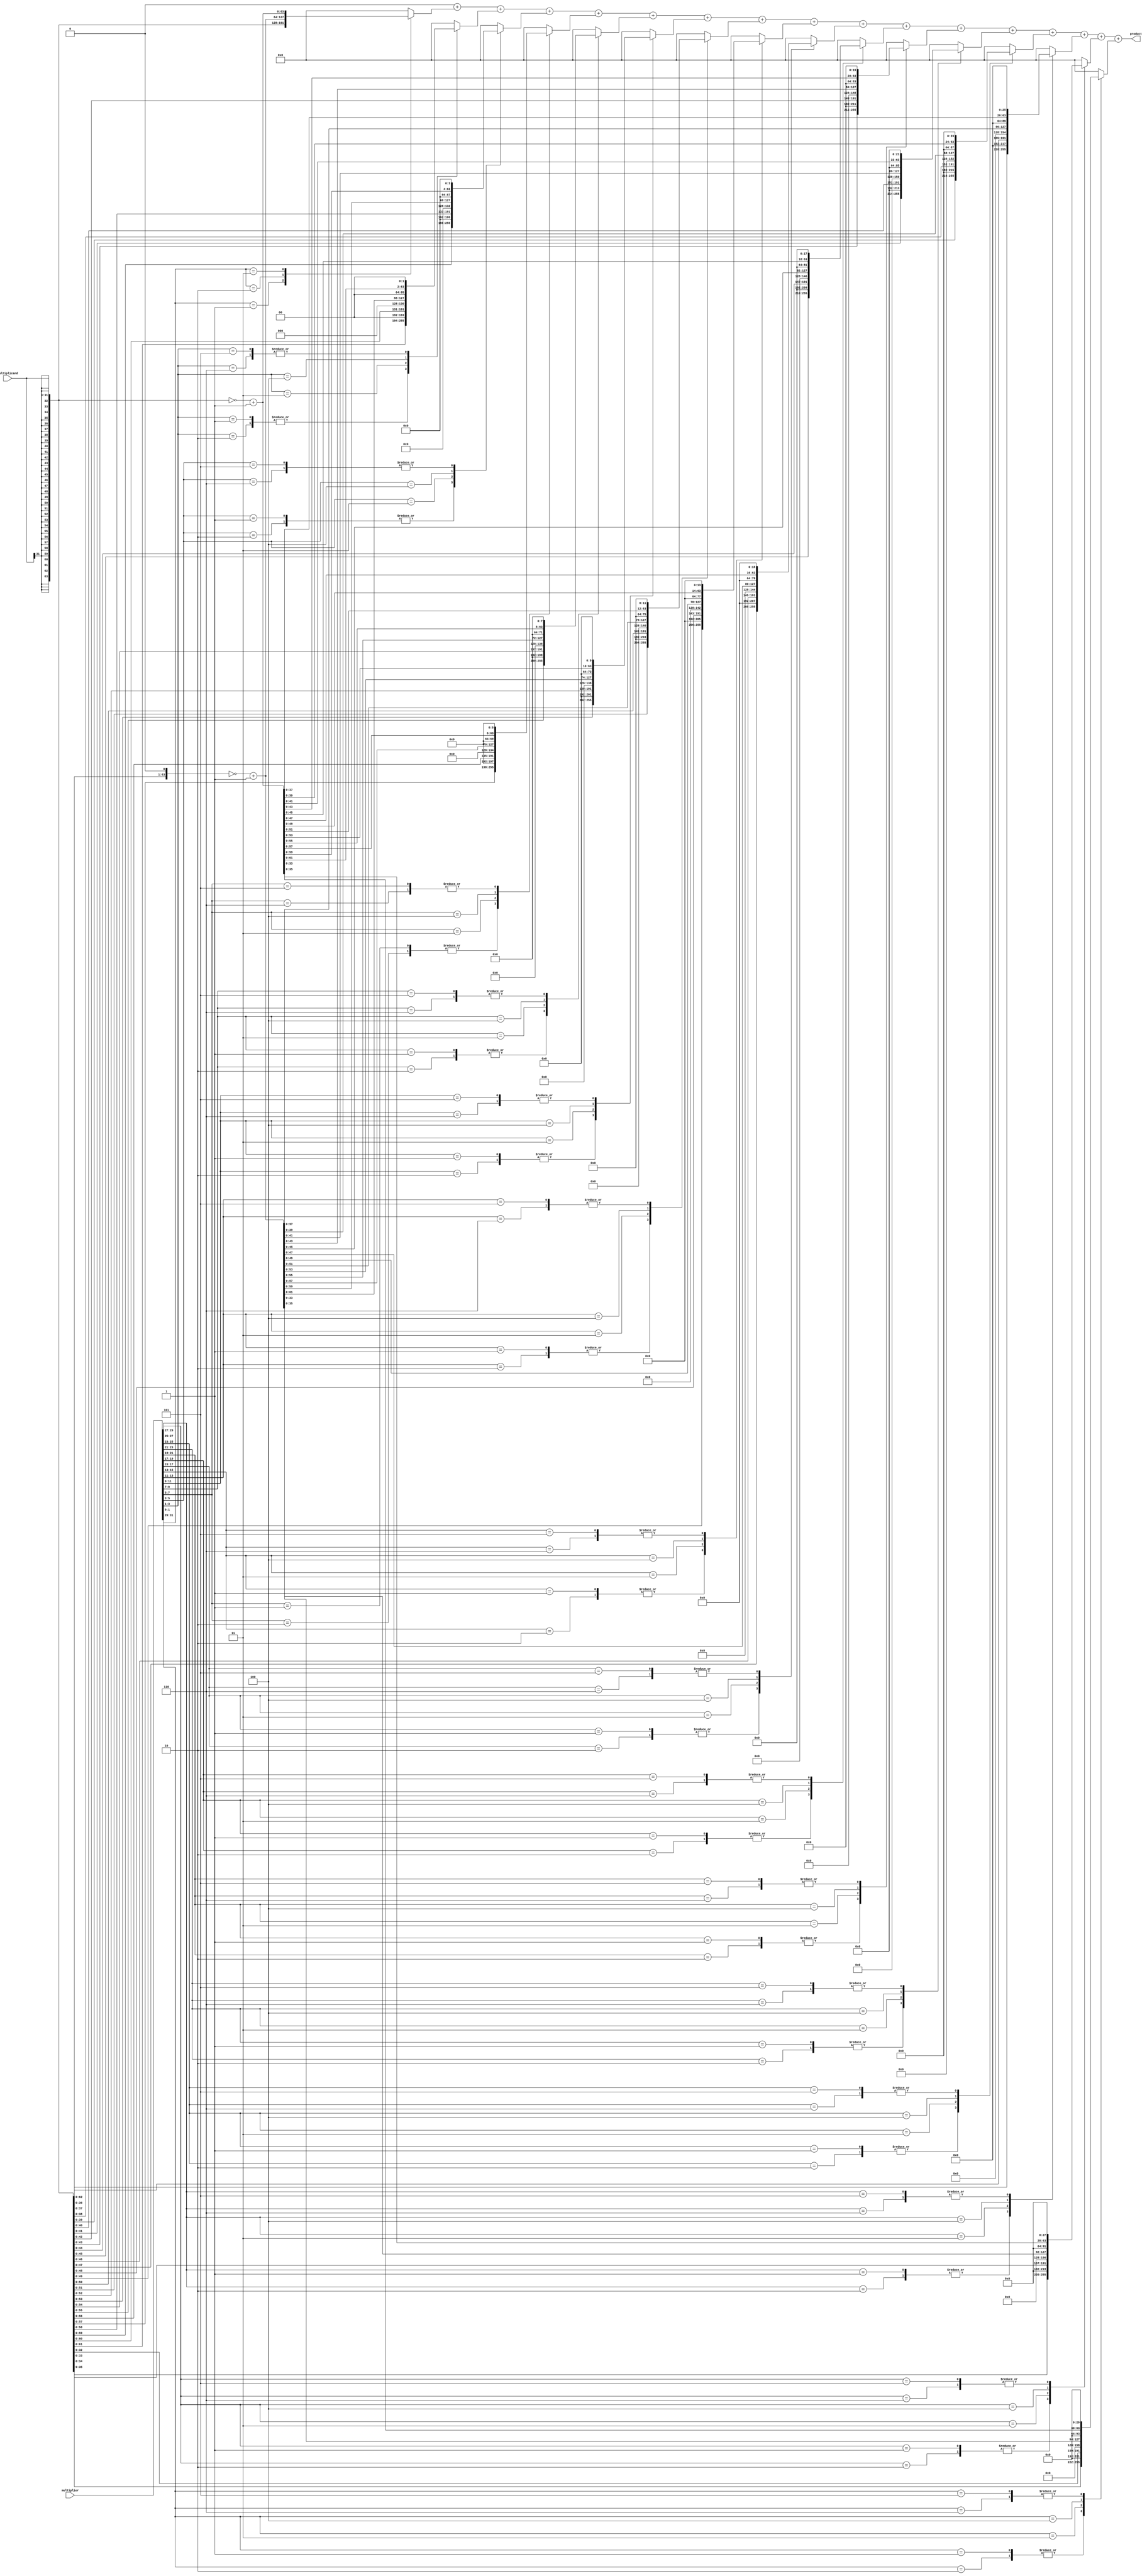
module booth_two_pair #(parameter DATA_WIDTH = 32)(
    input wire [DATA_WIDTH-1:0] multiplicand,
    input wire [DATA_WIDTH-1:0] multiplier,
    output reg [2*DATA_WIDTH-1:0] product
);

    reg [DATA_WIDTH-1:0] Q; // For the multiplier
    reg [2*DATA_WIDTH-1:0] M, M_neg, M_2, M_2_neg; // For correct sign extension
    reg [2*DATA_WIDTH-1:0] partial_product[DATA_WIDTH:0]; // For partial products

    integer i; 
    reg bit0, bit1, bit2; 

    always @* begin
        M = {{DATA_WIDTH{multiplicand[DATA_WIDTH-1]}}, multiplicand}; // Sign-extend multiplicand
        M_neg = ~M + 1'b1; // Two's complement
        M_2 = M << 1; // Multiplicand times 2
        M_2_neg = ~M_2 + 1'b1; // Negation of M_2
        Q = multiplier; 

        product = 0; // Reset product

        for(i = 0; i < DATA_WIDTH; i = i + 2) begin
            bit0 = (i == 0) ? 1'b0 : Q[i-1]; // For LSB, consider '0' as the bit below
            bit1 = Q[i]; // Current bit
            bit2 = (i == DATA_WIDTH-1) ? Q[i] : Q[i+1]; // For MSB, repeat the sign bit or use the next bit

            case({bit2, bit1, bit0})
                3'b001, 3'b010: partial_product[i] = M << i; // M for 01 and 10
                3'b011: partial_product[i] = M_2 << i; // 2*M for 011
                3'b100: partial_product[i] = M_2_neg << i; // -2*M for 100
                3'b101, 3'b110: partial_product[i] = M_neg << i; // -M for 101 and 110
                default: partial_product[i] = 0; // 0 for 000 and 111
            endcase
        end

        // Accumulate partial products
        for(i = 0; i < DATA_WIDTH; i = i + 2) begin
            product = product + partial_product[i];
        end
    end
endmodule